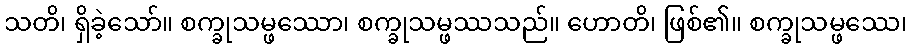
သတိ၊ ရှိခဲ့သော်။ စက္ခုသမ္ဖဿော၊ စက္ခုသမ္ဖဿသည်။ ဟောတိ၊ ဖြစ်၏။ စက္ခုသမ္ဖဿေ၊